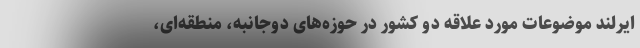
ایرلند موضوعات مورد علاقه دو کشور در حوزه‌های دوجانبه، منطقه‌ای،